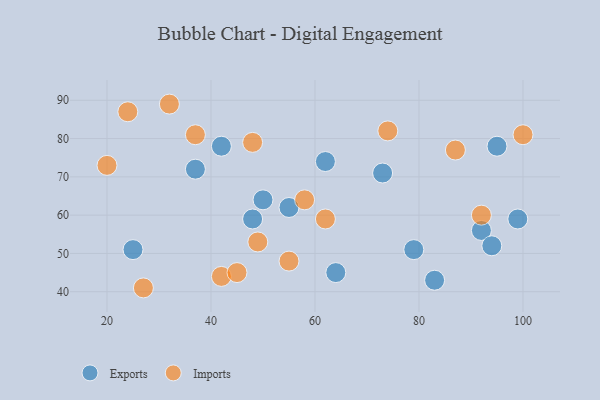
{"axis": {"x": "GDP", "y": "Life Expectancy"}, "legend": ["Exports", "Imports"], "data": [{"x": "73", "y": 71, "type": "Exports"}, {"x": "55", "y": 62, "type": "Exports"}, {"x": "92", "y": 56, "type": "Exports"}, {"x": "79", "y": 51, "type": "Exports"}, {"x": "25", "y": 51, "type": "Exports"}, {"x": "37", "y": 72, "type": "Exports"}, {"x": "50", "y": 64, "type": "Exports"}, {"x": "83", "y": 43, "type": "Exports"}, {"x": "42", "y": 78, "type": "Exports"}, {"x": "64", "y": 45, "type": "Exports"}, {"x": "95", "y": 78, "type": "Exports"}, {"x": "48", "y": 59, "type": "Exports"}, {"x": "62", "y": 74, "type": "Exports"}, {"x": "94", "y": 52, "type": "Exports"}, {"x": "99", "y": 59, "type": "Exports"}, {"x": "92", "y": 60, "type": "Imports"}, {"x": "20", "y": 73, "type": "Imports"}, {"x": "87", "y": 77, "type": "Imports"}, {"x": "27", "y": 41, "type": "Imports"}, {"x": "37", "y": 81, "type": "Imports"}, {"x": "58", "y": 64, "type": "Imports"}, {"x": "74", "y": 82, "type": "Imports"}, {"x": "42", "y": 44, "type": "Imports"}, {"x": "24", "y": 87, "type": "Imports"}, {"x": "49", "y": 53, "type": "Imports"}, {"x": "100", "y": 81, "type": "Imports"}, {"x": "55", "y": 48, "type": "Imports"}, {"x": "62", "y": 59, "type": "Imports"}, {"x": "32", "y": 89, "type": "Imports"}, {"x": "48", "y": 79, "type": "Imports"}, {"x": "45", "y": 45, "type": "Imports"}]}